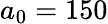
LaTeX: a_{0}=150